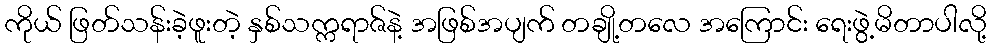
ကိုယ် ဖြတ်သန်းခဲ့ဖူးတဲ့ နှစ်သက္ကရာဇ်နဲ့ အဖြစ်အပျက် တချို့တလေ အကြောင်း ရေးဖွဲ့မိတာပါလို့